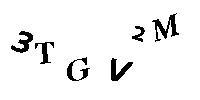
3TGV2M